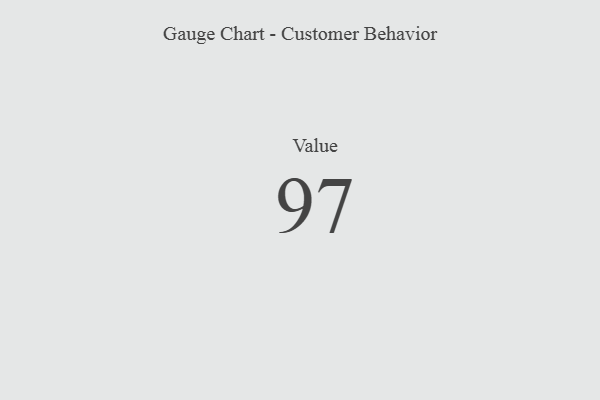
{"axis": {"x": "Metric", "y": "Value"}, "legend": [""], "data": [{"x": "Value", "y": 97, "type": ""}]}